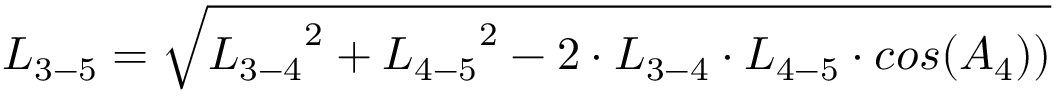
{ L _ { 3 - 5 } } = \sqrt { { L _ { 3 - 4 } } ^ { 2 } + { L _ { 4 - 5 } } ^ { 2 } - 2 \cdot { L _ { 3 - 4 } } \cdot { L _ { 4 - 5 } } \cdot c o s ( { A _ { 4 } } ) ) }